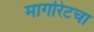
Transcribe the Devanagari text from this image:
मार्गारेटचा